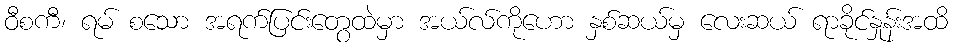
ဝီစကီ၊ ရမ် စသော အရက်ပြင်းတွေထဲမှာ အယ်လ်ကိုဟော နှစ်ဆယ်မှ လေးဆယ် ရာခိုင်နှုန်းအထိ